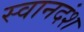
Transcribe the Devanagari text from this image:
स्वानदंश